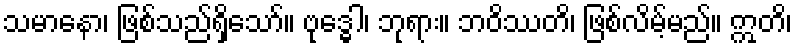
သမာနော၊ ဖြစ်သည်ရှိသော်။ ဗုဒ္ဓေါ၊ ဘုရား။ ဘဝိဿတိ၊ ဖြစ်လိမ့်မည်။ ဣတိ၊